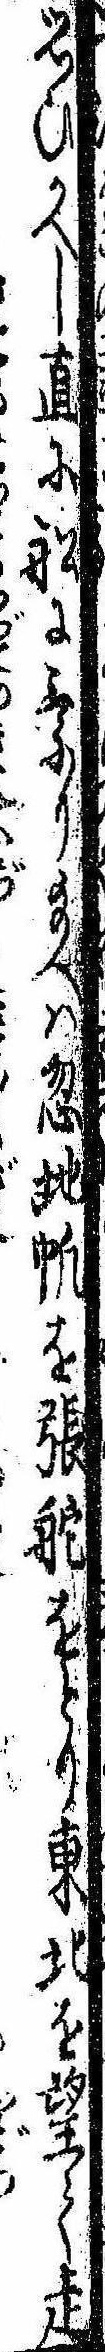
思ひかへし直に船に乗り給へは忽地㠶を張舵をとり東北を望て走